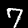
Digit: 7